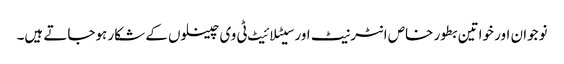
نوجوان اور خواتین بطور خاص انٹرنیٹ اور سیٹلائیٹ ٹی وی چینلوں کے شکار ہوجاتے ہیں۔